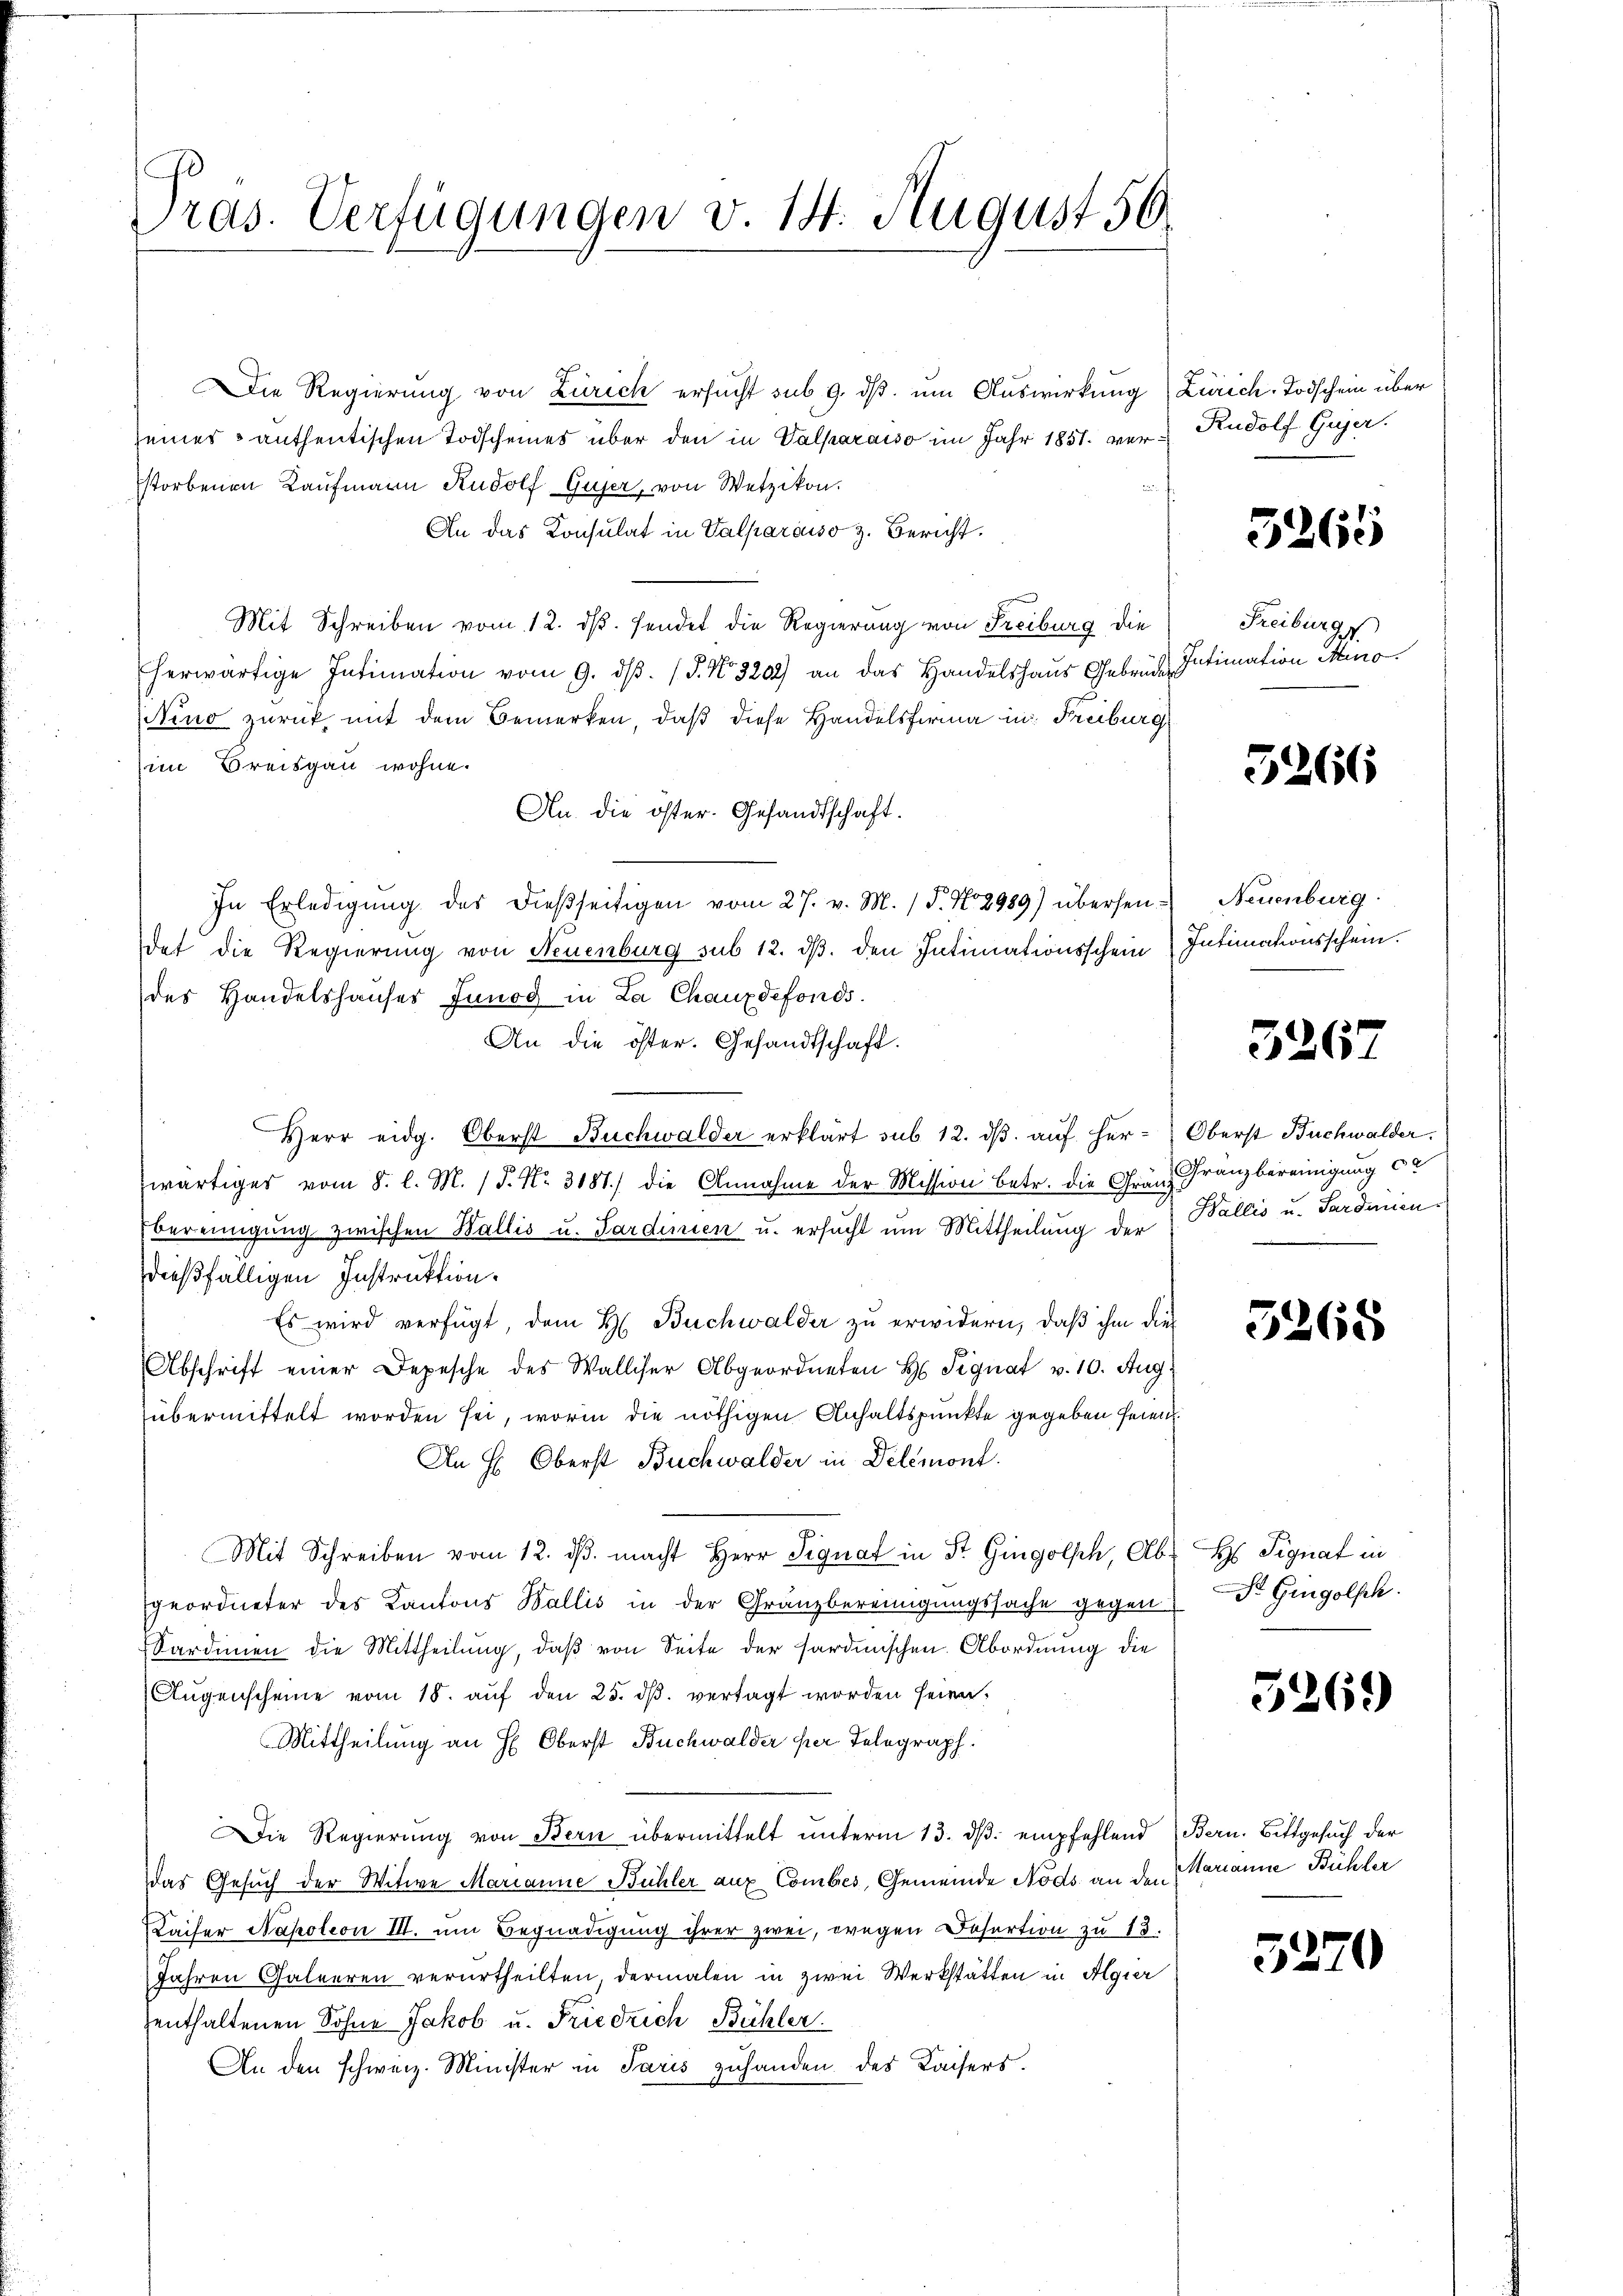
ras. Verfügungen v. 14. August 56

Die Regierung von Zürich ersucht sub. 9. dβ um Auswirkung Zürich. Todschein über
seines anthentischen Todscheines über den in Valparaiso im Jahr 1851. verstorbenen Kaufmann Rudolf Guser, von Wetzikon.
An das Konsulat in Valparaiso z. Bericht.
Mit Schreiben vom 12. ds. sendet die Regierung von Freiburg die
herwärtige Intimation vom 9. dβ. P. Nr. 3202) an das Handelshaus Gebrück. Intimation Euro
Nino zurück, mit dem Bemerken, daß diese Handelsfirma in Freiburg
im Breisgau wohne.
An die öster. Gesandtschaft.
In Erledigŭng der dießseitigen vom 27. v. M. (T. No 2989) übersen Neuenburg
det die Regierung von Neuenburg sub 12. ds. den Intimationsschein Intimationsschein.
des Handelshauses Junog in La Chauxdefonds.
An die öster. Gesandtschaft.
Herr eidg. Oberst Buchwalder erklärt sub 12. dβ aŭf her-Oberst Buchwalder.
wärtiges vom 8. l. M. / 5. No. 3187) die Annahme der Mission betr. die Gränz Franzbereinigung ca
Vereinigung zwischen Wallis u. Sardinien u. ersucht um Mittheilung der Wallis u. Sardiniendießfälligen Instruktion.
Es wird verfügt, dem H. Buchwalder zu erwidern, daß ihm dies
Abschrift einer Depesche des Walliser Abgeordneten H Signat v. 10. Aug.
übermittelt worden sei, worin die nöthigen Anhaltspunkte gegeben seien.
An H: Oberst Buchwalder in Delémont.
Mit Schreiben vom 12. dβ. macht Herr Signat in St. Gingolsch, Ab- Hs Signat in
geordneter des Kantons Wallis in der Gränzbereinigungssache gegen Fr. Gingolsch
Sardinien die Mittheilung, daß von Seite der sardinischen Abordnung die
Aŭgenscheine vom 18. aŭf den 25. dβ. vertagt worden seien.
Mittheilung an H. Oberst Buchwalder per Telegraph.
Die Regierŭng von Bern übermittelt unterm 13. ds. empfehlend Bern. Bittgesuch der
das Gesuch der Witwe Marianne Bühler auf Comber, Gemeinde Nods an den Marianne Bühler
Kaiser Napoleon III. um Begnadigung ihrer zwei, wegen Dosartion zu 13.
Jahren Galeeren verurtheilten, dermalen in zwei Werkstätten in Algier
enthaltenen Sohne Jakob u. Friedrich Bühler.
An den schweiz. Minister in Paris zuhanden des Kaisers.

Rudolf Gujer.

5265

Freiburge

5266

3267

5265

5269

3270